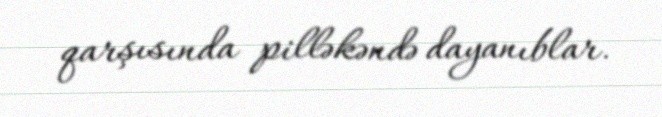
qarşısında pilləkəndə dayanıblar.